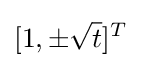
[1,\pm {\sqrt {t}}]^{T}